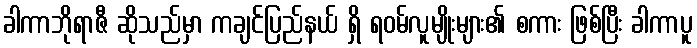
ခါကာဘိုရာဇီ ဆိုသည်မှာ ကချင်ပြည်နယ် ရှိ ရဝမ်လူမျိုးများ၏ စကား ဖြစ်ပြီး ခါကာပူ